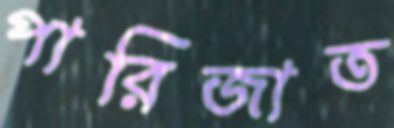
পারিজাত